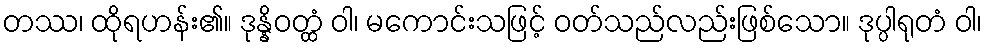
တဿ၊ ထိုရဟန်း၏။ ဒုန္နိဝတ္ထံ ဝါ၊ မကောင်းသဖြင့် ဝတ်သည်လည်းဖြစ်သော။ ဒုပ္ပါရုတံ ဝါ၊